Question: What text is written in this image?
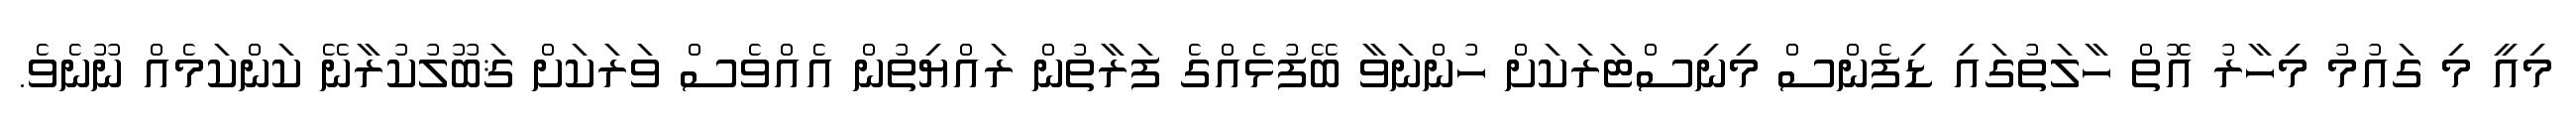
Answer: މިއީ މި ގައުމު މިހާރު އޮތް ހާލަތުގައި ޑިފެންސް މިނިސްޓަރަކަށް ހުންނަވާ ބޭފުޅެއްގެ ފަރާތުން ރައްޔިތުން އެއްވެސް ވަރަކަށް ޤަބޫލުކުރާނޭ ކަންކަމެއް ނޫނެވެ.